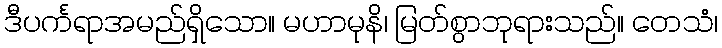
ဒီပင်္ကရာအမည်ရှိသော။ မဟာမုနိ၊ မြတ်စွာဘုရားသည်။ တေသံ၊